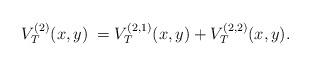
LaTeX: \begin{align*}V_T^{(2)}(x,y)\;=\;&V_T^{(2,1)}(x,y)+ V_T^{(2,2)}(x,y).\end{align*}